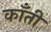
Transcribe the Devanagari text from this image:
कॉँती